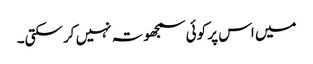
میں اس پر کوئی سمجھوتہ نہیں کرسکتی۔